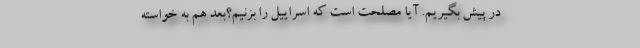
در پیش بگیریم. آیا مصلحت است که اسراییل را بزنیم؟بعد هم به خواسته